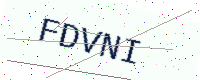
Text: FDVNI